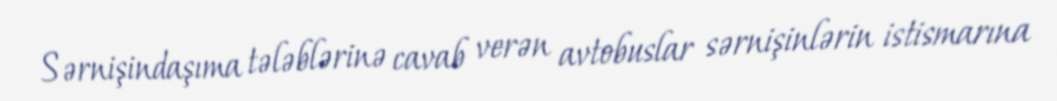
Sərnişindaşıma tələblərinə cavab verən avtobuslar sərnişinlərin istismarına